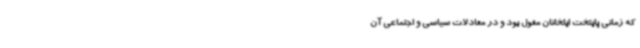
که زمانی پایتخت ایلخانان مغول بود و در معادلات سیاسی و اجتماعی آن